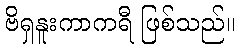
ဗိရှနူးကာကရီ ဖြစ်သည်။